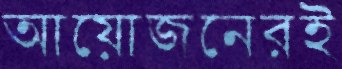
আয়োজনেরই